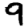
Digit: 9